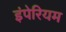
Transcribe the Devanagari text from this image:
इंपेरियम